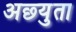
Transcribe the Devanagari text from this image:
अछ्युता